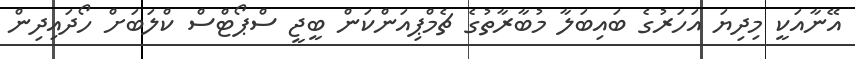
އޭނާއަކީ މިދިޔަ އަހަރުގެ ބައިބަލާ މުބާރާތުގެ ޗެމްޕިއަންކަން ބީޖީ ސްޕޯޓްސް ކްލަބަށް ހޯދައިދިން